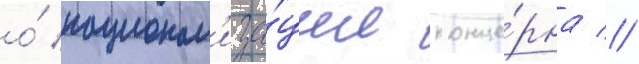
о́ национал'иза́ции конце́рна //